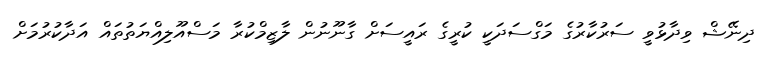
ދިނޭޝް ވިދާޅުވީ ސަރުކާރުގެ މަގްސަދަކީ ކުރީގެ ރައީސަށް ގާނޫނުން ލާޒިމްކުރާ މަސްއޫލިއްޔަތުތައް އަދާކުރުމަށް